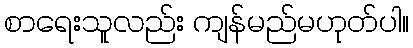
စာရေးသူလည်း ကျန်မည်မဟုတ်ပါ။